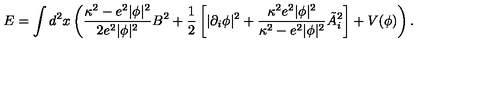
E = \int d ^ { 2 } x \left( { \frac { \kappa ^ { 2 } - e ^ { 2 } | \phi | ^ { 2 } } { 2 e ^ { 2 } | \phi | ^ { 2 } } } B ^ { 2 } + { \frac { 1 } { 2 } } \left[ | \partial _ { i } \phi | ^ { 2 } + { \frac { \kappa ^ { 2 } e ^ { 2 } | \phi | ^ { 2 } } { \kappa ^ { 2 } - e ^ { 2 } | \phi | ^ { 2 } } } \tilde { A } _ { i } ^ { 2 } \right] + V ( \phi ) \right) .